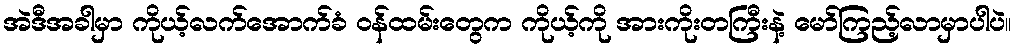
အဲဒီအခါမှာ ကိုယ့်လက်အောက်ခံ ဝန်ထမ်းတွေက ကိုယ့်ကို အားကိုးတကြီးနဲ့ မော်ကြည့်လာမှာပါပဲ။